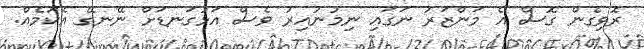
ރޮވިގެން ގޮސް އެ މަންޒަރު ނަގައި ނިމުނުއިރު ވެސް އަޅުގަނޑަށް ނޭނގޭ އެކަމެއް.